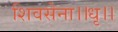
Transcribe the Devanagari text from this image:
शिवसेना।।धृ।।